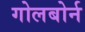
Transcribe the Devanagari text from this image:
गोलबोर्न